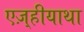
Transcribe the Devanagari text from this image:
एज़्हीयाथा